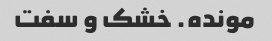
مونده. خشک و سفت